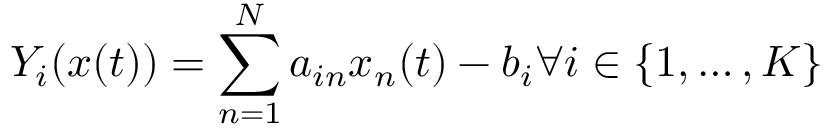
Y _ { i } ( x ( t ) ) = \sum _ { n = 1 } ^ { N } a _ { i n } x _ { n } ( t ) - b _ { i } { \mathrm { } } \forall i \in \{ 1 , \ldots , K \}